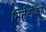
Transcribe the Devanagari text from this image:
मिनेटोंका